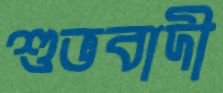
শুভবাদী